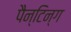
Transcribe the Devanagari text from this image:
पैन्टिन्ग